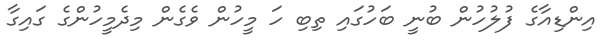
އިންޑިއާގެ ފުލުހުން ބުނީ ބަހުގައި ތިބި ހަ މީހުން ވެގެން މިދެމީހުންގެ ގައިގާ